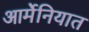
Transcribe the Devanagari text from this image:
आर्मेनियात